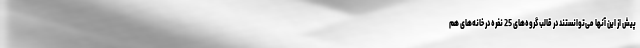
پیش از این آنها می‌توانستند در قالب گروه‌های 25 نفره در خانه‌های هم